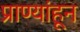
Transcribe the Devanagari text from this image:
प्राण्यांहून